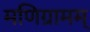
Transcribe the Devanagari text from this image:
मणिग्रामम्